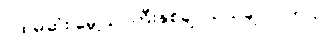
ပထမဆုံး မွေ့ယာကြီးနှစ်ချပ်သယ်ချလာတယ်။